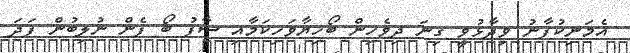
އެމަނިކުފާނު ވިދާޅުވީ ގިނަ ދިވެހިން ބޯހިޔާވަހިކަމާއި ސާފު ބޯ ފެން ނުލިބުން ފަދަ